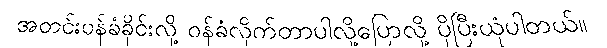
အတင်းဝန်ခံခိုင်းလို့ ဝန်ခံလိုက်တာပါလို့ပြောလို့ ပိုပြီးယုံပါတယ်။